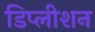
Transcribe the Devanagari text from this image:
डिप्लीशन